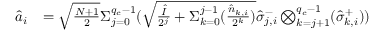
\begin{array} { r l } { \hat { a } _ { i } } & { = \sqrt { \frac { N + 1 } { 2 } } { \Sigma } _ { j = 0 } ^ { q _ { c } - 1 } ( \sqrt { \frac { \hat { I } } { 2 ^ { j } } + { \Sigma } _ { k = 0 } ^ { j - 1 } ( \frac { \hat { n } _ { k , i } } { 2 ^ { k } } ) } \hat { \sigma } _ { j , i } ^ { - } \bigotimes _ { k = j + 1 } ^ { q _ { c } - 1 } ( \hat { \sigma } _ { k , i } ^ { + } ) ) } \end{array}